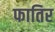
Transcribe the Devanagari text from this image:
फातिर